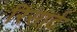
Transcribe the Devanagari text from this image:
रिसार्ट